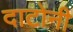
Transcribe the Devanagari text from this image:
दाटोनी